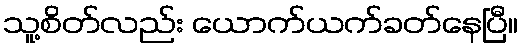
သူ့စိတ်လည်း ယောက်ယက်ခတ်နေပြီ။